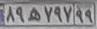
۸۹ه۷۹۷۹۹